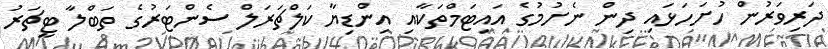
ދަރިވަރުން ހުށަހަޅައި ދިން ނެށުމުގެ އައިޓަމްތަކާއި އިންޑިޔާ ކަލްޗަރަލް ސެންޓަރުގެ ތަބްލާ ޓީޗަރު